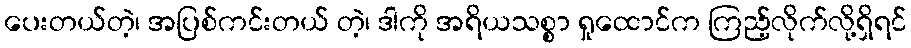
ပေးတယ်တဲ့၊ အပြစ်ကင်းတယ် တဲ့၊ ဒါကို အရိယသစ္စာ ရှုထောင်က ကြည့်လိုက်လို့ရှိရင်